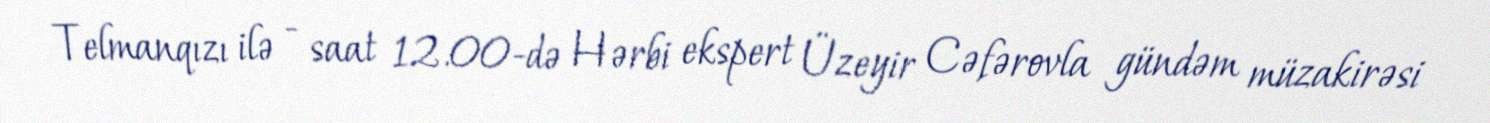
Telmanqızı ilə - saat 12.00-də Hərbi ekspert Üzeyir Cəfərovla gündəm müzakirəsi